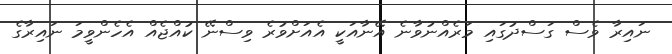
ނައިރާ ވެސް ގަސްދުގައި މަރެއްނުވާނެ އޭނާއަކީ އެއަށްވުރެ ވިސްނޭ ކުއްޖެއް އެހެންވީމަ ނައިރާގެ